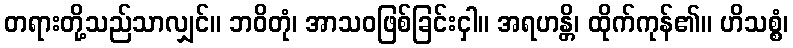
တရားတို့သည်သာလျှင်။ ဘဝိတုံ၊ အာသဝဖြစ်ခြင်းငှါ။ အရဟန္တိ၊ ထိုက်ကုန်၏။ ဟိသစ္စံ၊